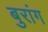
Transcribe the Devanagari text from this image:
बुरांग